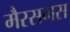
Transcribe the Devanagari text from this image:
मैरसमस